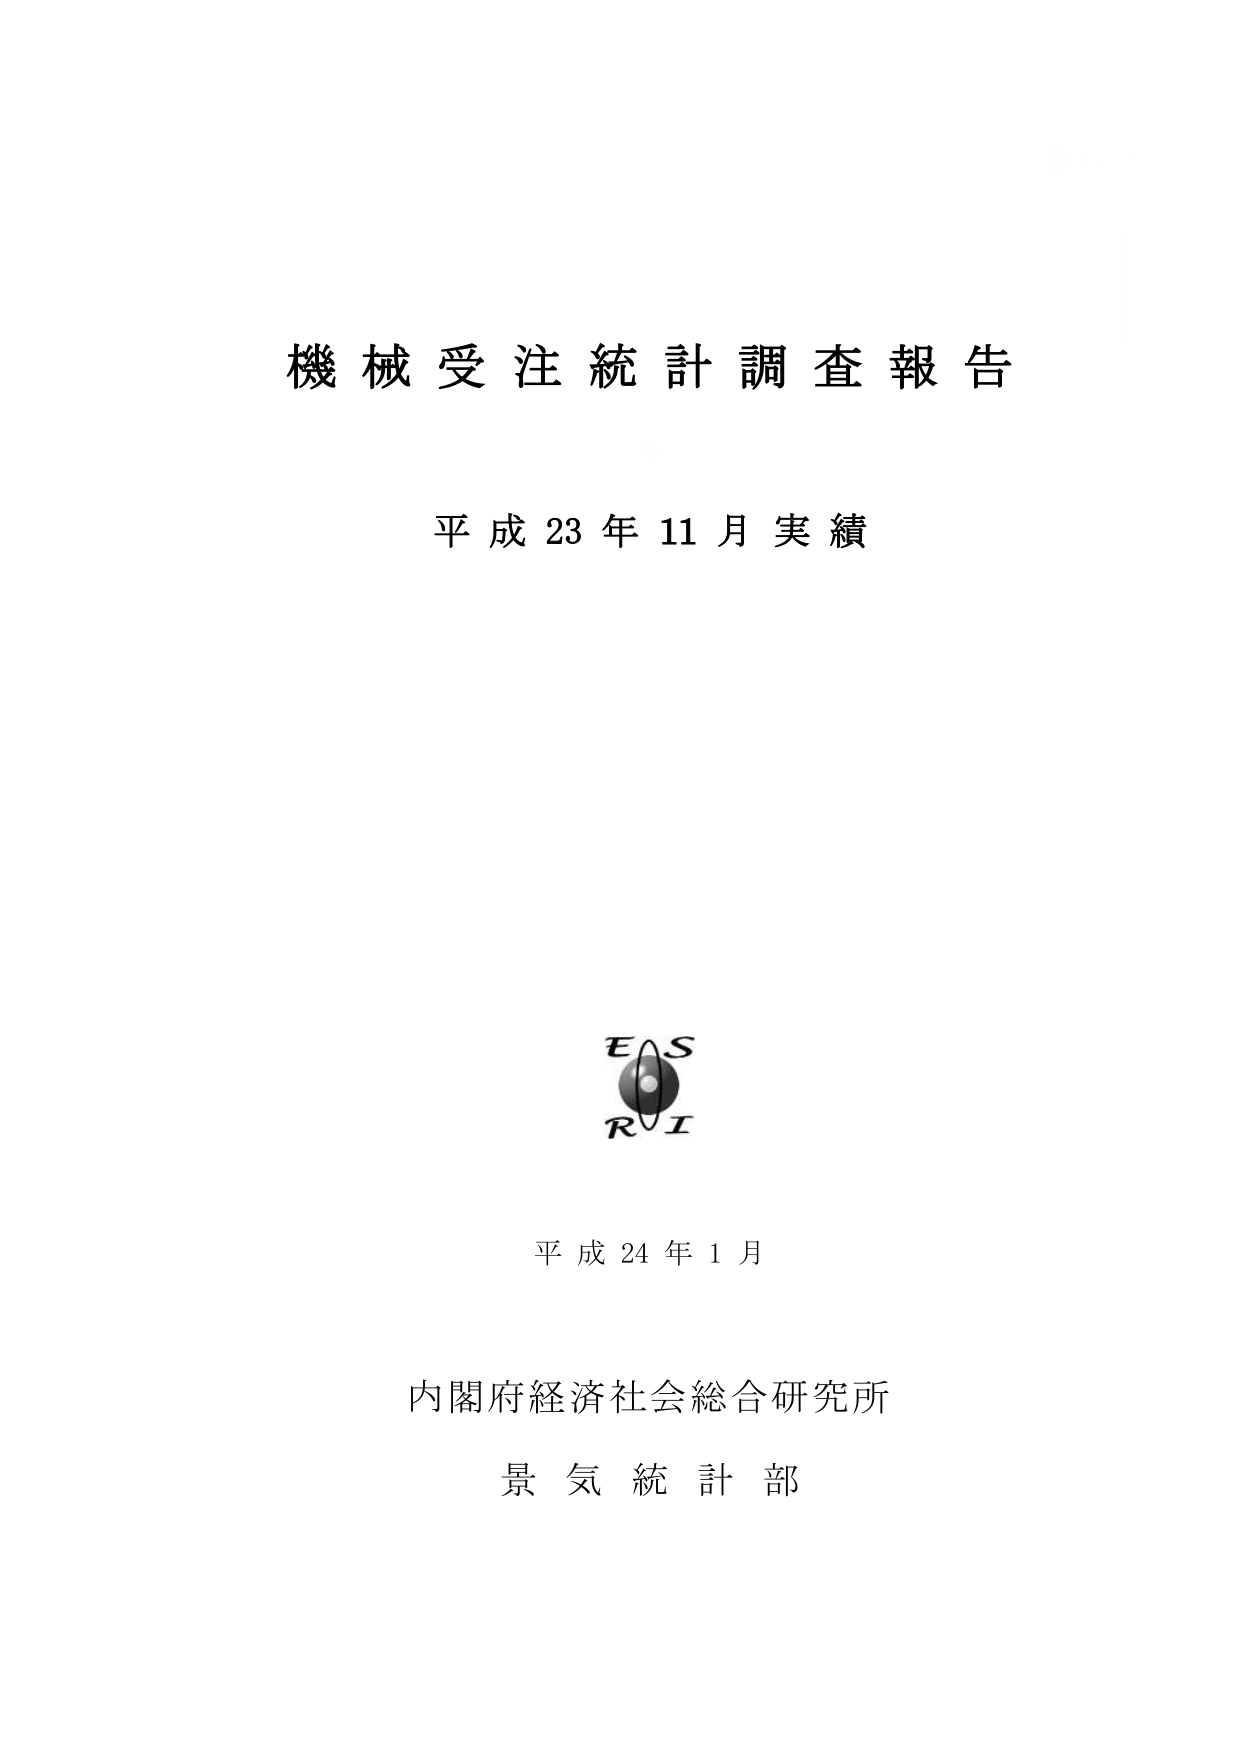
機械受注統計調査報告
平成23年11月実績

E S
R I

平成24年1月

内閣府経済社会総合研究所
景気統計部